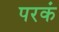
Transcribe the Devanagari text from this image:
परकं